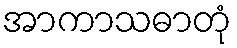
အာကာသဓာတုံ